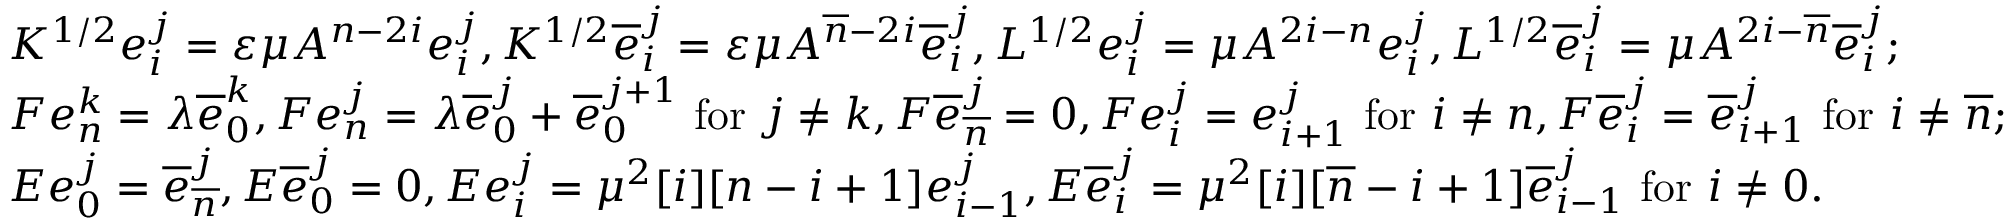
\begin{array} { r l } & { K ^ { 1 / 2 } e _ { i } ^ { j } = \varepsilon \mu A ^ { n - 2 i } e _ { i } ^ { j } , K ^ { 1 / 2 } \overline { { e } } _ { i } ^ { j } = \varepsilon \mu A ^ { \overline { { n } } - 2 i } \overline { { e } } _ { i } ^ { j } , L ^ { 1 / 2 } e _ { i } ^ { j } = \mu A ^ { 2 i - n } e _ { i } ^ { j } , L ^ { 1 / 2 } \overline { { e } } _ { i } ^ { j } = \mu A ^ { 2 i - \overline { { n } } } \overline { { e } } _ { i } ^ { j } ; } \\ & { F e _ { n } ^ { k } = \lambda \overline { { e } } _ { 0 } ^ { k } , F e _ { n } ^ { j } = \lambda \overline { { e } } _ { 0 } ^ { j } + \overline { { e } } _ { 0 } ^ { j + 1 } \mathrm { ~ f o r ~ } j \neq k , F \overline { { e } } _ { \overline { { n } } } ^ { j } = 0 , F e _ { i } ^ { j } = e _ { i + 1 } ^ { j } \mathrm { ~ f o r ~ } i \neq n , F \overline { { e } } _ { i } ^ { j } = \overline { { e } } _ { i + 1 } ^ { j } \mathrm { ~ f o r ~ } i \neq \overline { { n } } ; } \\ & { E e _ { 0 } ^ { j } = \overline { { e } } _ { \overline { { n } } } ^ { j } , E \overline { { e } } _ { 0 } ^ { j } = 0 , E e _ { i } ^ { j } = \mu ^ { 2 } [ i ] [ n - i + 1 ] e _ { i - 1 } ^ { j } , E \overline { { e } } _ { i } ^ { j } = \mu ^ { 2 } [ i ] [ \overline { { n } } - i + 1 ] \overline { { e } } _ { i - 1 } ^ { j } \mathrm { ~ f o r ~ } i \neq 0 . } \end{array}